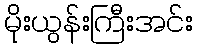
မိုးယွန်းကြီးအင်း